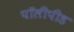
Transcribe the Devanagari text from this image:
पॉलीपीड